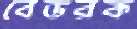
বেডরক